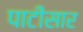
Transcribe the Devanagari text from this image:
पाटीसार